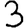
Digit: 3